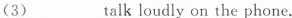
(3)___ talk loudly on the phone.